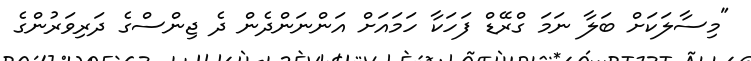
"މިސާލަކަށް ބަލާ ނަމަ ގްރޭޑް ފަހަކާ ހަމައަށް އަންނަންދެން ދެ ޖިންސްގެ ދަރިވަރުންގެ